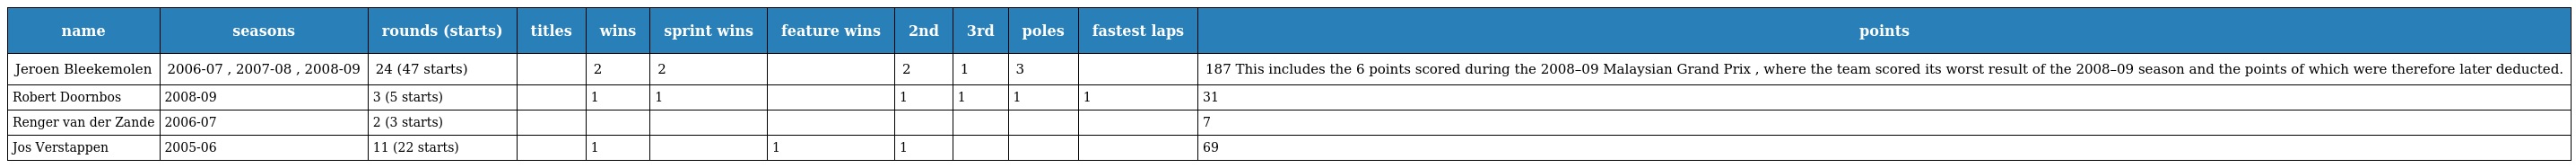
| name | seasons | rounds (starts) | titles | wins | sprint wins | feature wins | 2nd | 3rd | poles | fastest laps | points |
 | --- | --- | --- | --- | --- | --- | --- | --- | --- | --- | --- | --- |
 | Jeroen Bleekemolen | 2006-07 , 2007-08 , 2008-09 | 24 (47 starts) |  | 2 | 2 |  | 2 | 1 | 3 |  | 187 This includes the 6 points scored during the 2008–09 Malaysian Grand Prix , where the team scored its worst result of the 2008–09 season and the points of which were therefore later deducted. |
 | Robert Doornbos | 2008-09 | 3 (5 starts) |  | 1 | 1 |  | 1 | 1 | 1 | 1 | 31 |
 | Renger van der Zande | 2006-07 | 2 (3 starts) |  |  |  |  |  |  |  |  | 7 |
 | Jos Verstappen | 2005-06 | 11 (22 starts) |  | 1 |  | 1 | 1 |  |  |  | 69 |